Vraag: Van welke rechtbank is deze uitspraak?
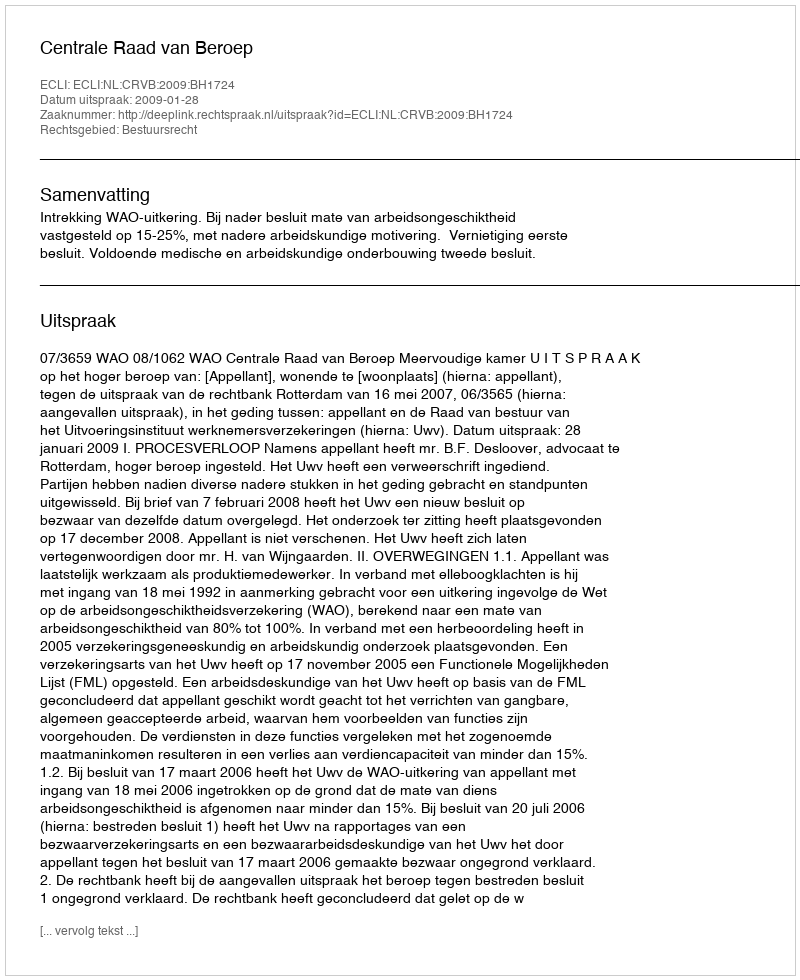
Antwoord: Centrale Raad van Beroep